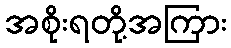
အစိုးရတို့အကြား